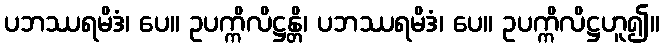
ပဘဿရမိဒံ၊ ပေ။ ဥပက္ကိလိဋ္ဌန္တိ၊ ပဘဿရမိဒံ၊ ပေ။ ဥပက္ကိလိဋ္ဌဟူ၍။